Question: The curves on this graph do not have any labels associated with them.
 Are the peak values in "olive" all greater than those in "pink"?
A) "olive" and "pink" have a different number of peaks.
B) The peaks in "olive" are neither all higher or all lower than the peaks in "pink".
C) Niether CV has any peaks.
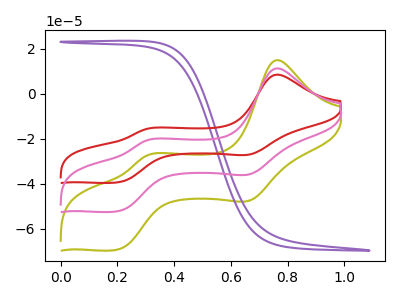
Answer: <think>The olive curve "olive" has anodic peaks at (0.75V, 14.95uA) (0.30V, -27.45uA) and cathodic peaks at (0.65V, -47.35uA) (0.20V, -69.15uA). The purple curve "purple" has no peaks. The red curve "red" has anodic peaks at (0.75V, 22.55uA) (0.30V, -41.40uA) and cathodic peaks at (0.65V, -71.35uA) (0.20V, -104.30uA). The pink curve "pink" has anodic peaks at (0.75V, 11.30uA) (0.30V, -20.70uA) and cathodic peaks at (0.65V, -35.70uA) (0.20V, -52.15uA).</think>
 <answer>B) The peaks in "olive" are neither all higher or all lower than the peaks in "pink".</answer>
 <eval>B</eval>